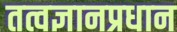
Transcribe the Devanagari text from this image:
तत्वज्ञानप्रधान